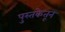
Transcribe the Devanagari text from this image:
पुस्तकेतून